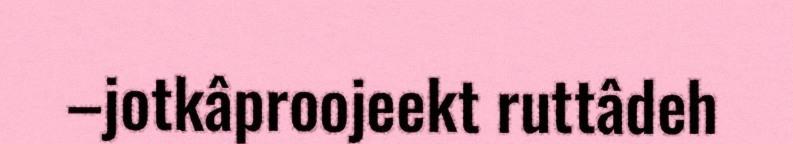
–jotkâproojeekt ruttâdeh